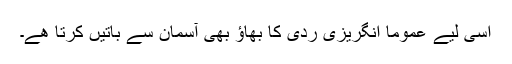
اسی لیے عموماً انگریزی ردّی کا بھاؤ بھی آسمان سے باتیں کرتا ھے۔